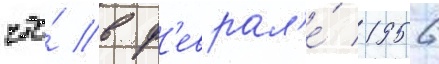
что́ в ф'еврал'е́ 1956